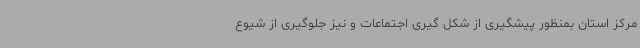
مرکز استان بمنظور پیشگیری از شکل گیری اجتماعات و نیز جلوگیری از شیوع